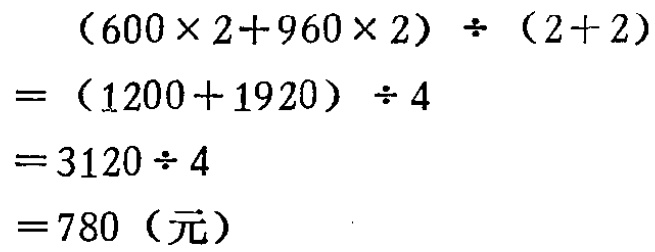
\[
\begin{align*}
&(600\times2 + 960\times2)\div(2 + 2)\\
=&(1200 + 1920)\div4\\
=&3120\div4\\
=&780 (\text{元})
\end{align*}
\]